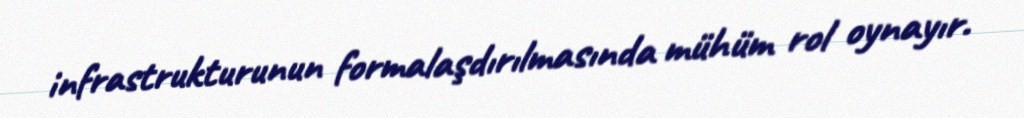
infrastrukturunun formalaşdırılmasında mühüm rol oynayır.